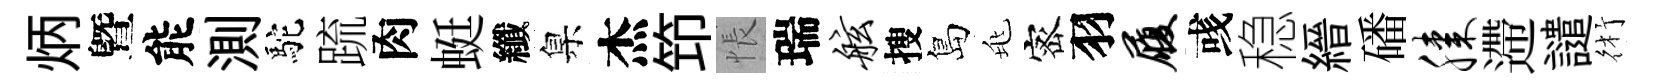
炳曁能測駝䟽肉蜓纖臬杰笻悵瑞舷搜島兆宻羽履彧稳縉磻膝遰譴術